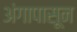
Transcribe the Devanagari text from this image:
अंगापासून